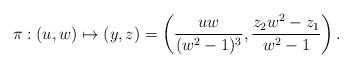
LaTeX: \begin{align*}\pi : (u,w)\mapsto (y,z)=\left(\frac{u w}{(w^2-1)^3},\frac{z_2 w^2-z_1}{w^2-1}\right).\end{align*}